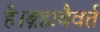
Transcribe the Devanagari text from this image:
है।ब्रह्मवैवर्त